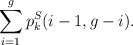
\begin{align*}\sum_{i=1}^g p_k^S(i-1,g-i).\end{align*}